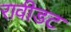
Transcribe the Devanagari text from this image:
रावीडट